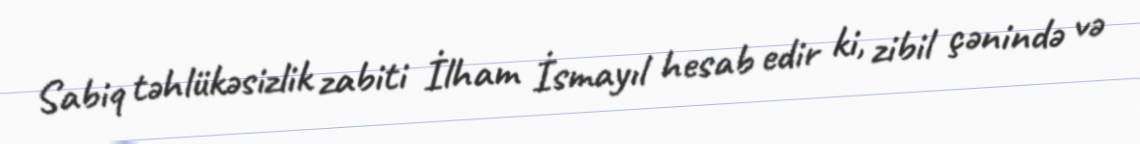
Sabiq təhlükəsizlik zabiti İlham İsmayıl hesab edir ki, zibil çənində və